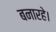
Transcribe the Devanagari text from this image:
बनारहे।